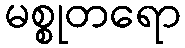
မစ္စုတရော